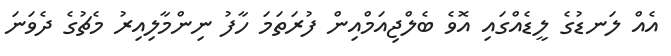
އެއް ލަނޑުގެ ލީޑެއްގައި އޮވެ ބެލްޖިއަމްއިން ފުރަތަމަ ހާފު ނިންމާލިއިރު މެޗުގެ ދެވަނަ